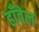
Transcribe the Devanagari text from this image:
हाँवेल